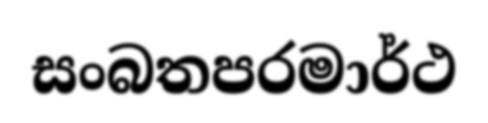
සංබතපරමාර්ථ